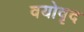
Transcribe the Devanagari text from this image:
वयोवृद